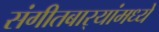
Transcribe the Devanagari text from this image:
संगीतबार्‍यांमध्ये